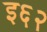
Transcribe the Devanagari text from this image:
इ६२